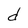
Character: d